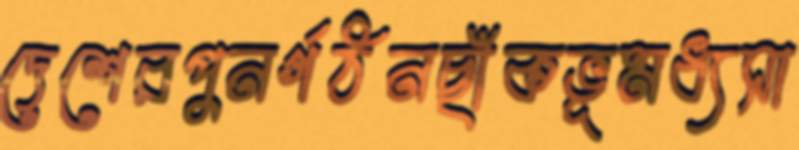
দেশেরপুনর্গঠনছাঁকভূমধ্যসা